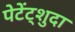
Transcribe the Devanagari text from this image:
पेटेंट्शुदा